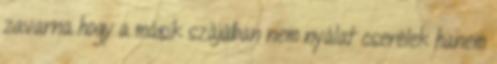
zavarna hogy a másik szájában nem nyálat cserélek hanem